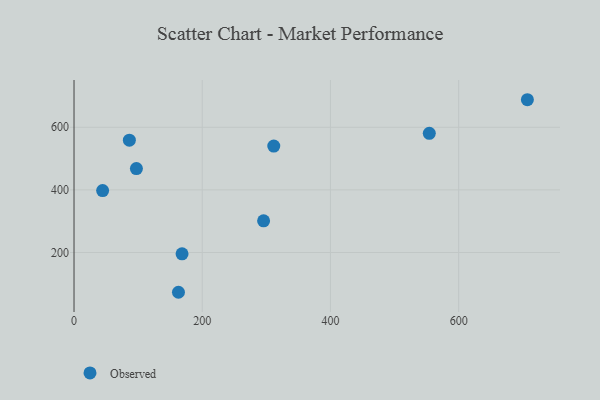
{"axis": {"x": "Study Hours", "y": "Demand"}, "legend": ["Observed"], "data": [{"x": "86.3", "y": 558.7, "type": "Observed"}, {"x": "44.6", "y": 397.7, "type": "Observed"}, {"x": "707.2", "y": 688.0, "type": "Observed"}, {"x": "162.9", "y": 72.9, "type": "Observed"}, {"x": "295.7", "y": 301.2, "type": "Observed"}, {"x": "311.6", "y": 540.0, "type": "Observed"}, {"x": "554.2", "y": 580.7, "type": "Observed"}, {"x": "97.3", "y": 468.1, "type": "Observed"}, {"x": "168.5", "y": 195.7, "type": "Observed"}]}